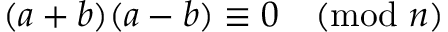
( a + b ) ( a - b ) \equiv 0 { \pmod { n } }